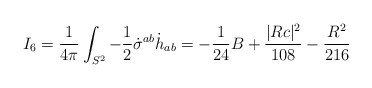
\begin{align*}I_6 = \frac{1}{4\pi}\int_{S^2} -\frac{1}{2}\dot\sigma^{ab} \dot h_{ab} = -\frac{1}{24}B + \frac{|Rc|^2}{108} -\frac{R^2}{216}\end{align*}